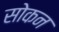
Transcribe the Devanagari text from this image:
सोकन